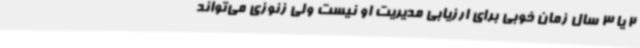
2 یا 3 سال زمان خوبی برای ارزیابی مدیریت او نیست ولی زنوزی می‌تواند